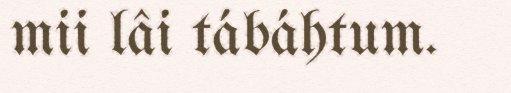
mii lâi tábáhtum.